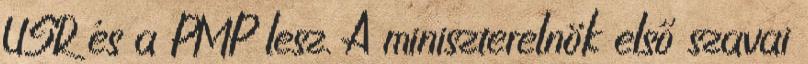
USR és a PMP lesz. A miniszterelnök első szavai